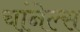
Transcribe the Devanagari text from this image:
चांनेल्स